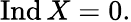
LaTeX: \operatorname{Ind}X=0.